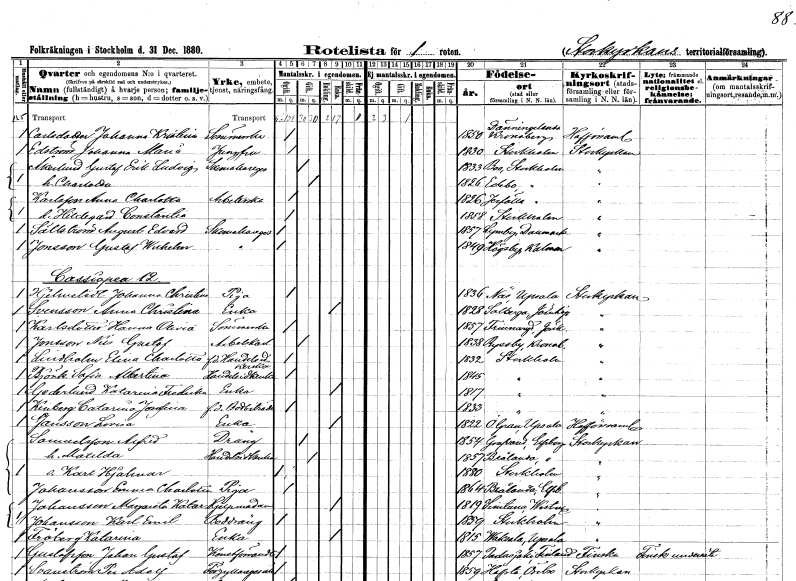
gt_parse: households: individuals: FN: Johanna Kristina
EN: Carlsdotter
YRKE: Sömmerska
KON: K
CIV: O
FODAR: 1850
FODFORS: Dänningelanda Kronobergs län
FN: Johanna Maria
EN: Edström
YRKE: Jungfru
KON: K
CIV: O
FODAR: 1830
FODFORS: Stockholm
FN: Gustaf Erik Ludvig
EN: Åkerlund
YRKE: Skomakaregesäll
KON: M
CIV: G
FODAR: 1833
FODFORS: Boo Stockholms län
FN: Charlotta
KON: K
CIV: G
FODAR: 1826
FODFORS: Edebo Stockholms län
FN: Anna Charlotta
EN: Karlsson
YRKE: Arbeterska
KON: K
CIV: O
FODAR: 1826
FODFORS: Järfälla Stockholms län
FN: Hildegard Constantia
KON: K
CIV: O
FODAR: 1858
FODFORS: Stockholm
FN: August Edvard
EN: Sällström
YRKE: Skomakaregesäll
KON: M
CIV: O
FODAR: 1857
FN: Gustaf Wilhelm
EN: Jonsson
YRKE: Skomakaregesäll
KON: M
CIV: O
FODAR: 1849
FODFORS: Högsby Kalmar län
FN: Johanna Christina
EN: Hjelmstedt
YRKE: Piga
KON: K
CIV: O
FODAR: 1836
FODFORS: Näs Uppsala län
FN: Anna Christina
EN: Svensson
YRKE: Änka
KON: K
CIV: E
FODAR: 1828
FODFORS: Solberga Jönköpings län
FN: Hanna Olivia
EN: Karlsdotter
YRKE: Sömmerska
KON: K
CIV: O
FODAR: 1857
FODFORS: Frinnaryd Jönköpings län
FN: Nils Gustaf
EN: Jonsson
YRKE: Arbetskarl
KON: M
CIV: O
FODAR: 1838
FODFORS: Ryssby Kalmar län
FN: Elina Charlotta
EN: Lindholm
YRKE: Handelsidkerska f.d.
KON: K
CIV: O
FODAR: 1832
FODFORS: Stockholm
FN: Sofia Albertina
EN: Björk
YRKE: Handelsidkerska
KON: K
CIV: O
FODAR: 1845
FODFORS: Stockholm
FN: Katarina Fredrika
EN: Gederlund
YRKE: Änka
KON: K
CIV: E
FODAR: 1817
FODFORS: Stockholm
FN: Catarina Josefina
EN: Kinberg
YRKE: Bodbiträde f.d.
KON: K
CIV: O
FODAR: 1833
FODFORS: Stockholm
FN: Lovisa
EN: Jansson
YRKE: Änka
KON: K
CIV: E
FODAR: 1822
FODFORS: Övergran Uppsala län
FN: Alfrid
EN: Samuelsson
YRKE: Dräng
KON: M
CIV: G
FODAR: 1854
FODFORS: Grinstad Älvsborgs län
FN: Matilda
YRKE: Handelsidkerska
KON: K
CIV: G
FODAR: 1857
FODFORS: Brålanda Älvsborgs län
FN: Karl Hjalmar
KON: M
CIV: O
FODAR: 1880
FODFORS: Stockholm
FN: Emma Charlotta
EN: Johansson
YRKE: Piga
KON: K
CIV: O
FODAR: 1864
FODFORS: Brålanda Älvsborgs län
FN: Margareta Katarina
EN: Johansson
YRKE: Hjälpmadame
KON: K
CIV: O
FODAR: 1819
FODFORS: Simtuna Uppsala län
FN: Karl Emil
EN: Johansson
YRKE: Boddräng
KON: M
CIV: O
FODAR: 1859
FODFORS: Stockholm